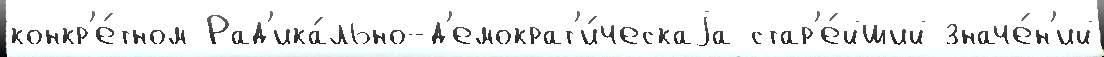
конкр'е́тном Рад'ика́льно-д'емократ'и́ческаjа стар'е́йший значе́н'ий